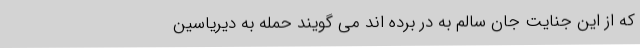
که از این جنایت جان سالم به در برده اند می گویند حمله به دیریاسین